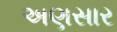
અણસાર